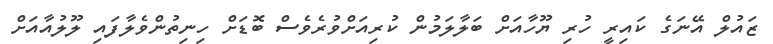
ޒައުލް އޭނަގެ ކައިރީ ހުރި ޔޫހާއަށް ބަލާލަމުން ކުރިއަށްވުރެވެސް ބޮޑަށް ހިނިތުންވެލާފައި ލޫލުއާއަށް